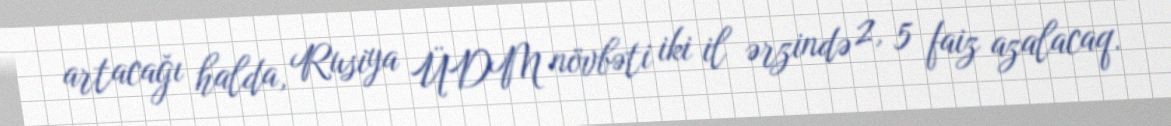
artacağı halda, Rusiya ÜDM növbəti iki il ərzində 2, 5 faiz azalacaq.